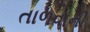
તાળવાની